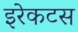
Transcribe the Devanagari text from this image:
इरेकटस